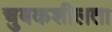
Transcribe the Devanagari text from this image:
चुबकशीलता